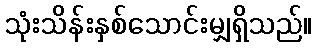
သုံးသိန်းနှစ်သောင်းမျှရှိသည်။